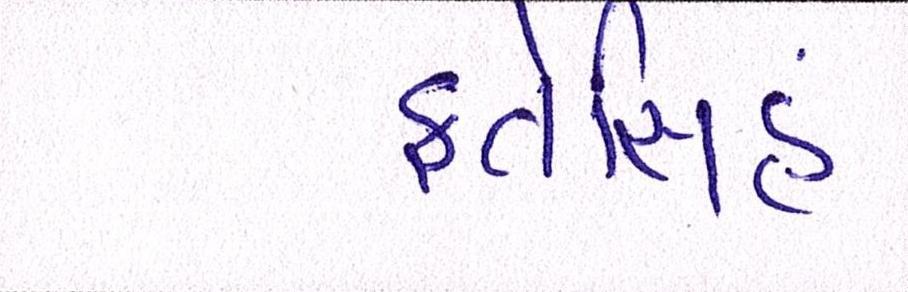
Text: ફતેસિંહ